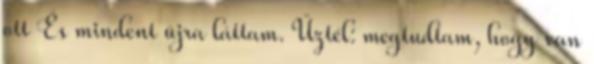
ott És mindent újra láttam. Űztél: megtudtam, hogy van